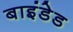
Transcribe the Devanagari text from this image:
बाइंडेड